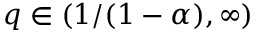
q \in ( 1 / ( 1 - \alpha ) , \infty )